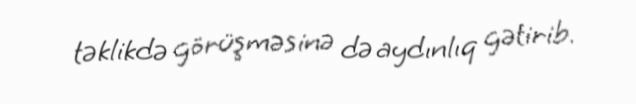
təklikdə görüşməsinə də aydınlıq gətirib.